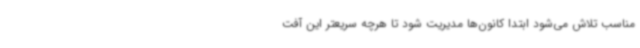
مناسب تلاش می‌شود ابتدا کانون‌ها مدیریت شود تا هرچه سریعتر این آفت